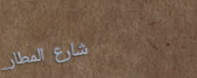
شارع المطار